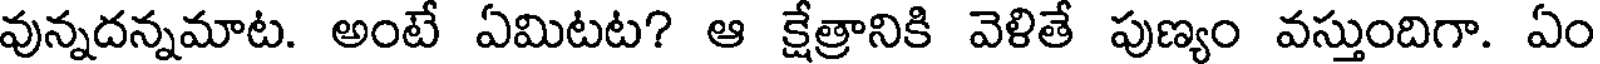
వున్నదన్నమాట. అంటే ఏమిటట? ఆ క్షేత్రానికి వెళితే పుణ్యం వస్తుందిగా. ఏం